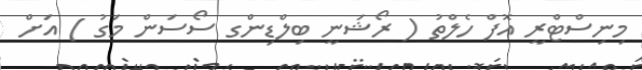
މިނިސްޓްރީ އޮފް ހެލްތު ( ރޯޝަނީ ބިލްޑިންގ ސޯސަން މަގު ) އަށް